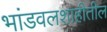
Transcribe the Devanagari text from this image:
भांडवलशाहीतील